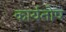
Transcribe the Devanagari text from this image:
कार्यतोष